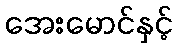
အေးမောင်နှင့်